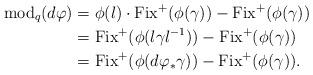
LaTeX: \begin{align*}\mathrm{mod}_q(d\varphi)&=\phi(l)\cdot\mathrm{Fix}^+(\phi(\gamma))-\mathrm{Fix}^+(\phi(\gamma))\\&=\mathrm{Fix}^+(\phi(l\gamma l^{-1}))-\mathrm{Fix}^+(\phi(\gamma))\\&=\mathrm{Fix}^+(\phi(d\varphi_*\gamma))-\mathrm{Fix}^+(\phi(\gamma)).\end{align*}